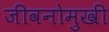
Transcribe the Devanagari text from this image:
जीवनोमुखी